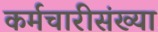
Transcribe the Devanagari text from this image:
कर्मचारीसंख्या